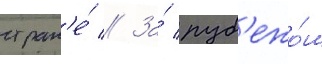
стран'е́ // За́ руб'ежо́м